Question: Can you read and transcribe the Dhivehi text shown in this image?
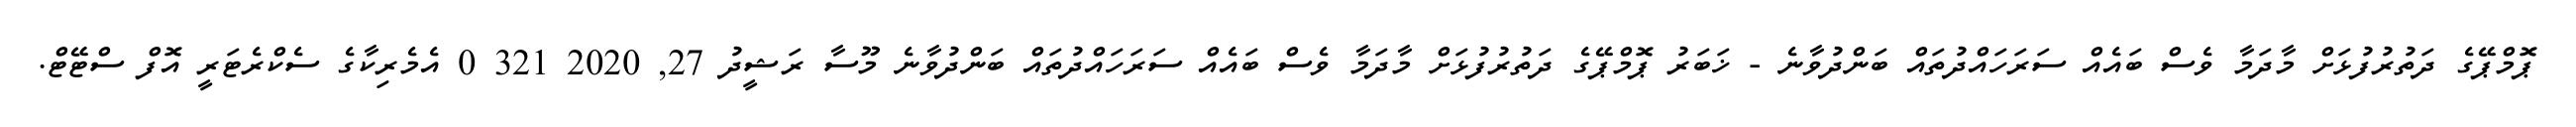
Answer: ޕޮމްޕޭގެ ދަތުރުފުޅަށް މާދަމާ ވެސް ބައެއް ސަރަހައްދުތައް ބަންދުވާނެ - ޚަބަރު ޕޮމްޕޭގެ ދަތުރުފުޅަށް މާދަމާ ވެސް ބައެއް ސަރަހައްދުތައް ބަންދުވާނެ މޫސާ ރަޝީދު 27, 2020 321 0 އެމެރިކާގެ ސެކްރެޓަރީ އޮފް ސްޓޭޓް.